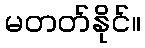
မတတ်နိုင်။